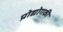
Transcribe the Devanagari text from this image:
प्रोद्योगकी